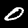
Digit: 0